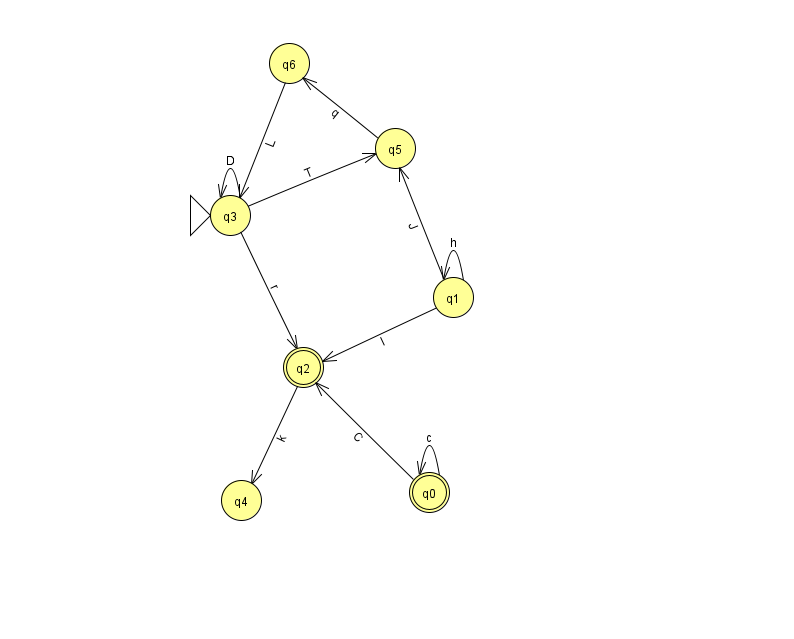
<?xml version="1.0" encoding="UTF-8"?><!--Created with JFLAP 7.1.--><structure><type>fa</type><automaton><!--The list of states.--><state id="0" name="q0"><x>429.0</x><y>479.0</y><final/></state><state id="1" name="q1"><x>453.0</x><y>284.0</y></state><state id="2" name="q2"><x>303.0</x><y>354.0</y><final/></state><state id="3" name="q3"><x>230.0</x><y>202.0</y><initial/></state><state id="4" name="q4"><x>241.0</x><y>487.0</y></state><state id="5" name="q5"><x>395.0</x><y>135.0</y></state><state id="6" name="q6"><x>289.0</x><y>50.0</y></state><!--The list of transitions.--><transition><from>0</from><to>0</to><read>c</read></transition><transition><from>3</from><to>3</to><read>D</read></transition><transition><from>1</from><to>1</to><read>h</read></transition><transition><from>6</from><to>3</to><read>L</read></transition><transition><from>1</from><to>2</to><read>l</read></transition><transition><from>3</from><to>2</to><read>r</read></transition><transition><from>0</from><to>2</to><read>C</read></transition><transition><from>2</from><to>4</to><read>k</read></transition><transition><from>1</from><to>5</to><read>J</read></transition><transition><from>3</from><to>5</to><read>T</read></transition><transition><from>5</from><to>6</to><read>q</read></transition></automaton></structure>